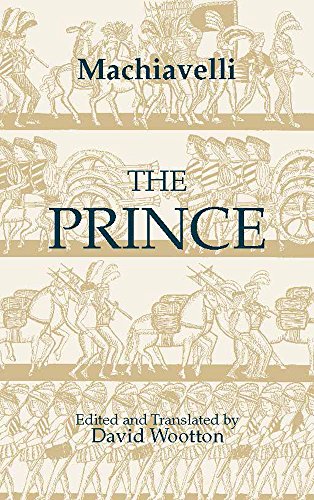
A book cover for The Prince (Hackett Classics); Niccolo Machiavelli; Politics & Social Sciences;